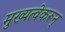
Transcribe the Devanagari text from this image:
मुख्यत्वेकरून्